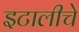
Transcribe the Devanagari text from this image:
इटालीचे